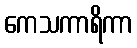
ကေသကာရိကာ